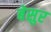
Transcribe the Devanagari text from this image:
बेसुर